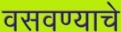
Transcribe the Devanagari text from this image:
वसवण्याचे